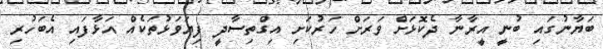
ބަޔާނުގައި ބުނީ އީރާނާ ދެކޮޅަށް ވަރަށް ހަރުކަށި އިގްތިސާދީ ފިޔަވަޅުތަކެއް އަޅާފައި އެބަހުރި